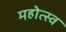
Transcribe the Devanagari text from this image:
महोत्स्व